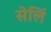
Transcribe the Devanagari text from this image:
सेलिं